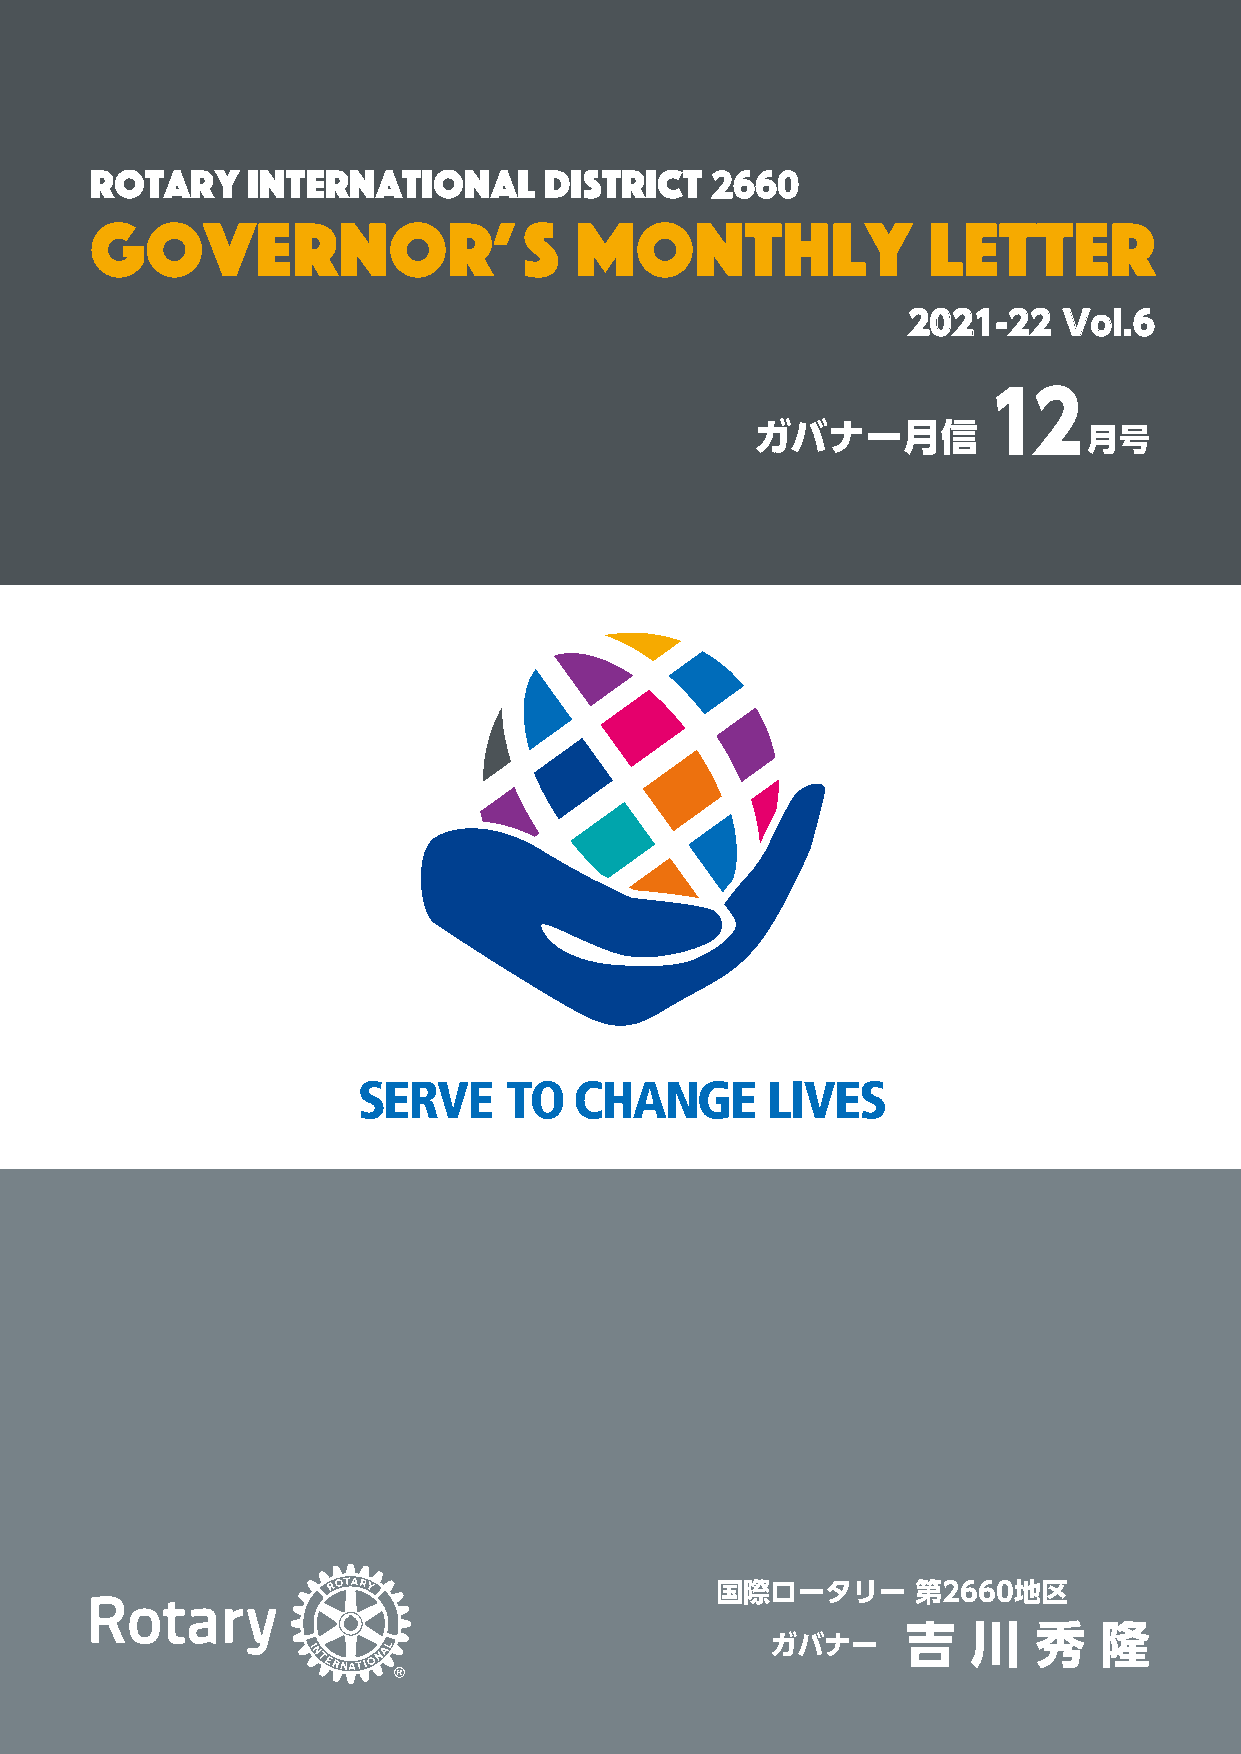
ROTARY    INTERNATIONAL       DISTRICT
 2660
 GOVERNOR’                    S  MONTHLY                LETTER
 2021-22   VoI.6
 12
 ガバナー月信                月号
 国際ロータリー       第2660地区
 ガバナー     吉   川   秀隆